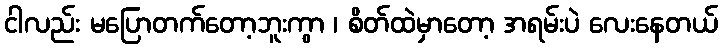
ငါလည်း မပြောတက်တော့ဘူးကွာ ၊ စိတ်ထဲမှာတော့ အရမ်းပဲ လေးနေတယ်